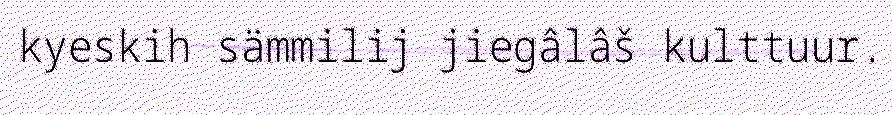
kyeskih sämmilij jiegâlâš kulttuur.